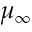
\mu _ { \infty }